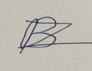
Signature authenticity: forged